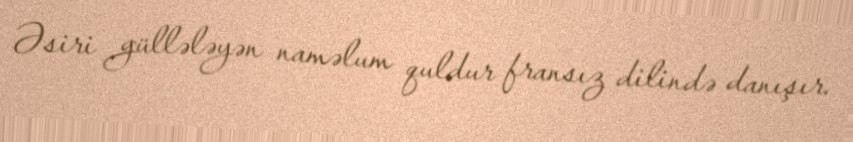
Əsiri güllələyən naməlum quldur fransız dilində danışır.